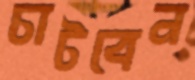
চাটবেন